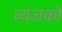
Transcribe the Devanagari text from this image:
व्यंजको